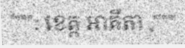
""": ខេត្ត អាគីតា ,"""